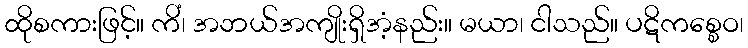
ထိုစကားဖြင့်။ ကိံ၊ အဘယ်အကျိုးရှိအံ့နည်း။ မယာ၊ ငါသည်။ ပဋိကစ္စေဝ၊